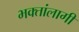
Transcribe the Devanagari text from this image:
भक्तांलागी